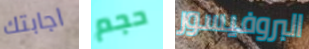
اجابتك حجم البروفيسور